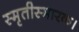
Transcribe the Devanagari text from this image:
स्मृतीस्मारक।